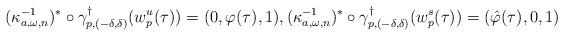
LaTeX: \begin{align*}(\kappa_{a,\omega,n}^{-1})^*\circ \gamma^\dag_{p,(-\delta,\delta)}(w^u_{p}(\tau))=(0,\varphi(\tau),1),(\kappa_{a,\omega,n}^{-1})^*\circ \gamma^\dag_{p,(-\delta,\delta)}(w^s_{p}(\tau))=(\hat{\varphi}(\tau),0,1)\end{align*}